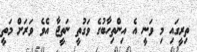
ތިރީގައި މި ވަނީ އެ އިންތިހާބުގެ ވަގުތީ ނަތީޖާ އެވެ ވަރަށް މަތީ